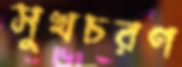
সুখচরণ